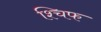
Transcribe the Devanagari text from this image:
श्चिफ